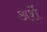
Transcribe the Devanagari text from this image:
अर्शे